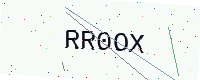
Text: RR0OX